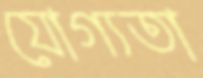
যোগ্যতা